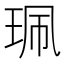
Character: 珮